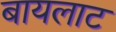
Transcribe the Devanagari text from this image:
बायलाट